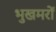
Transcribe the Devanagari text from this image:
भुखमरों